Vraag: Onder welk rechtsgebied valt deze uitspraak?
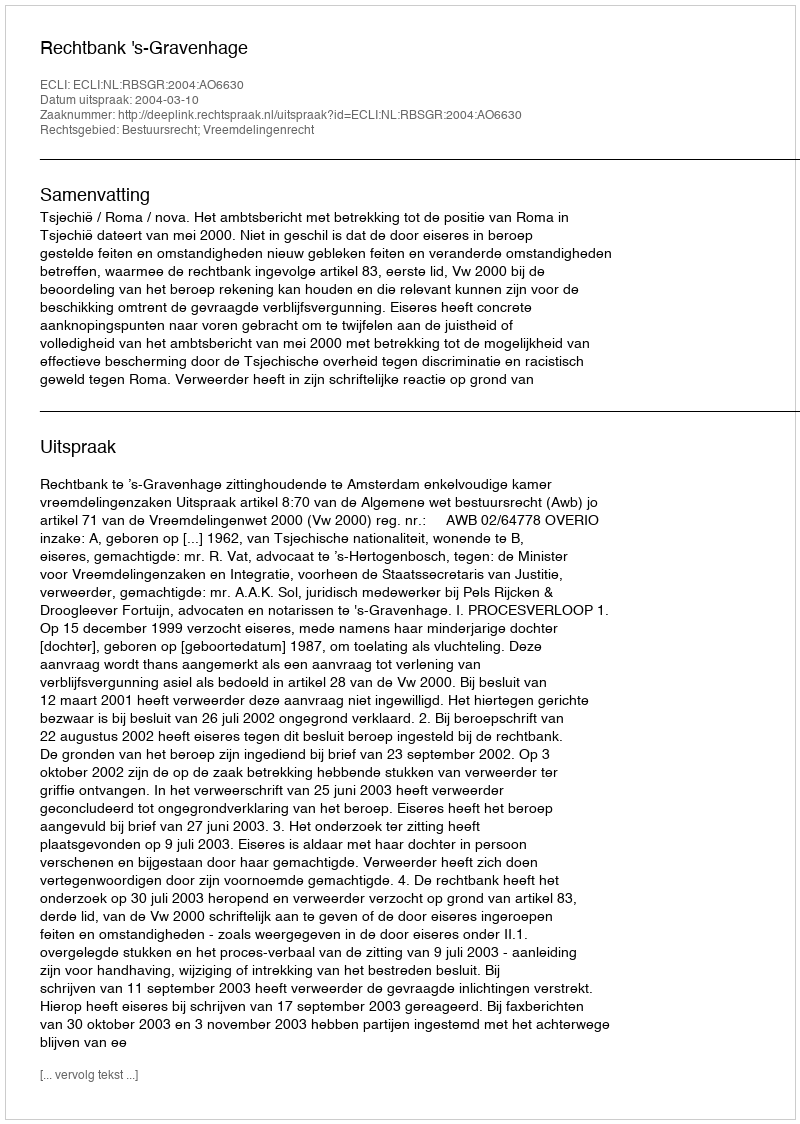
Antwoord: Bestuursrecht; Vreemdelingenrecht